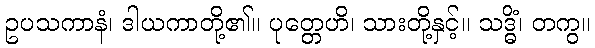
ဥပသကာနံ၊ ဒါယကာတို့၏။ ပုတ္တေဟိ၊ သားတို့နှင့်။ သဒ္ဓိံ၊ တကွ။